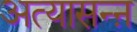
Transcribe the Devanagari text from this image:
अत्यासन्ऩ